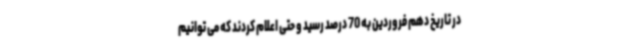
در تاریخ دهم فروردین به 70 درصد رسید و حتی اعلام کردند که می توانیم